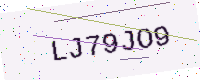
Text: LJ79JO9